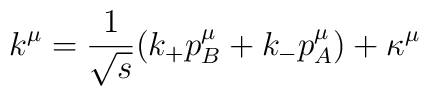
k^{\mu } = { 1\over \sqrt s } (k_+ p_B^{\mu } + k_-  p_A^{\mu } ) + \kappa^{\mu }